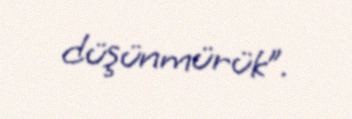
düşünmürük”.